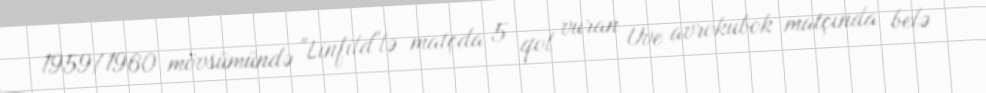
1959/1960 mövsümündə "Linfild"lə matçda 5 qol vuran Uve avrokubok matçında belə